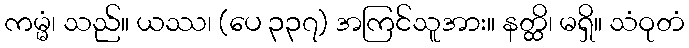
ကမ္မံ၊ သည်။ ယဿ၊ (ပေ ၃၃၇) အကြင်သူအား။ နတ္ထိ၊ မရှိ။ သံဝုတံ